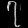
Digit: ၇